65_HS1-834228961_62-HQ-83894_Section_4
Agency: FBI
Page 150
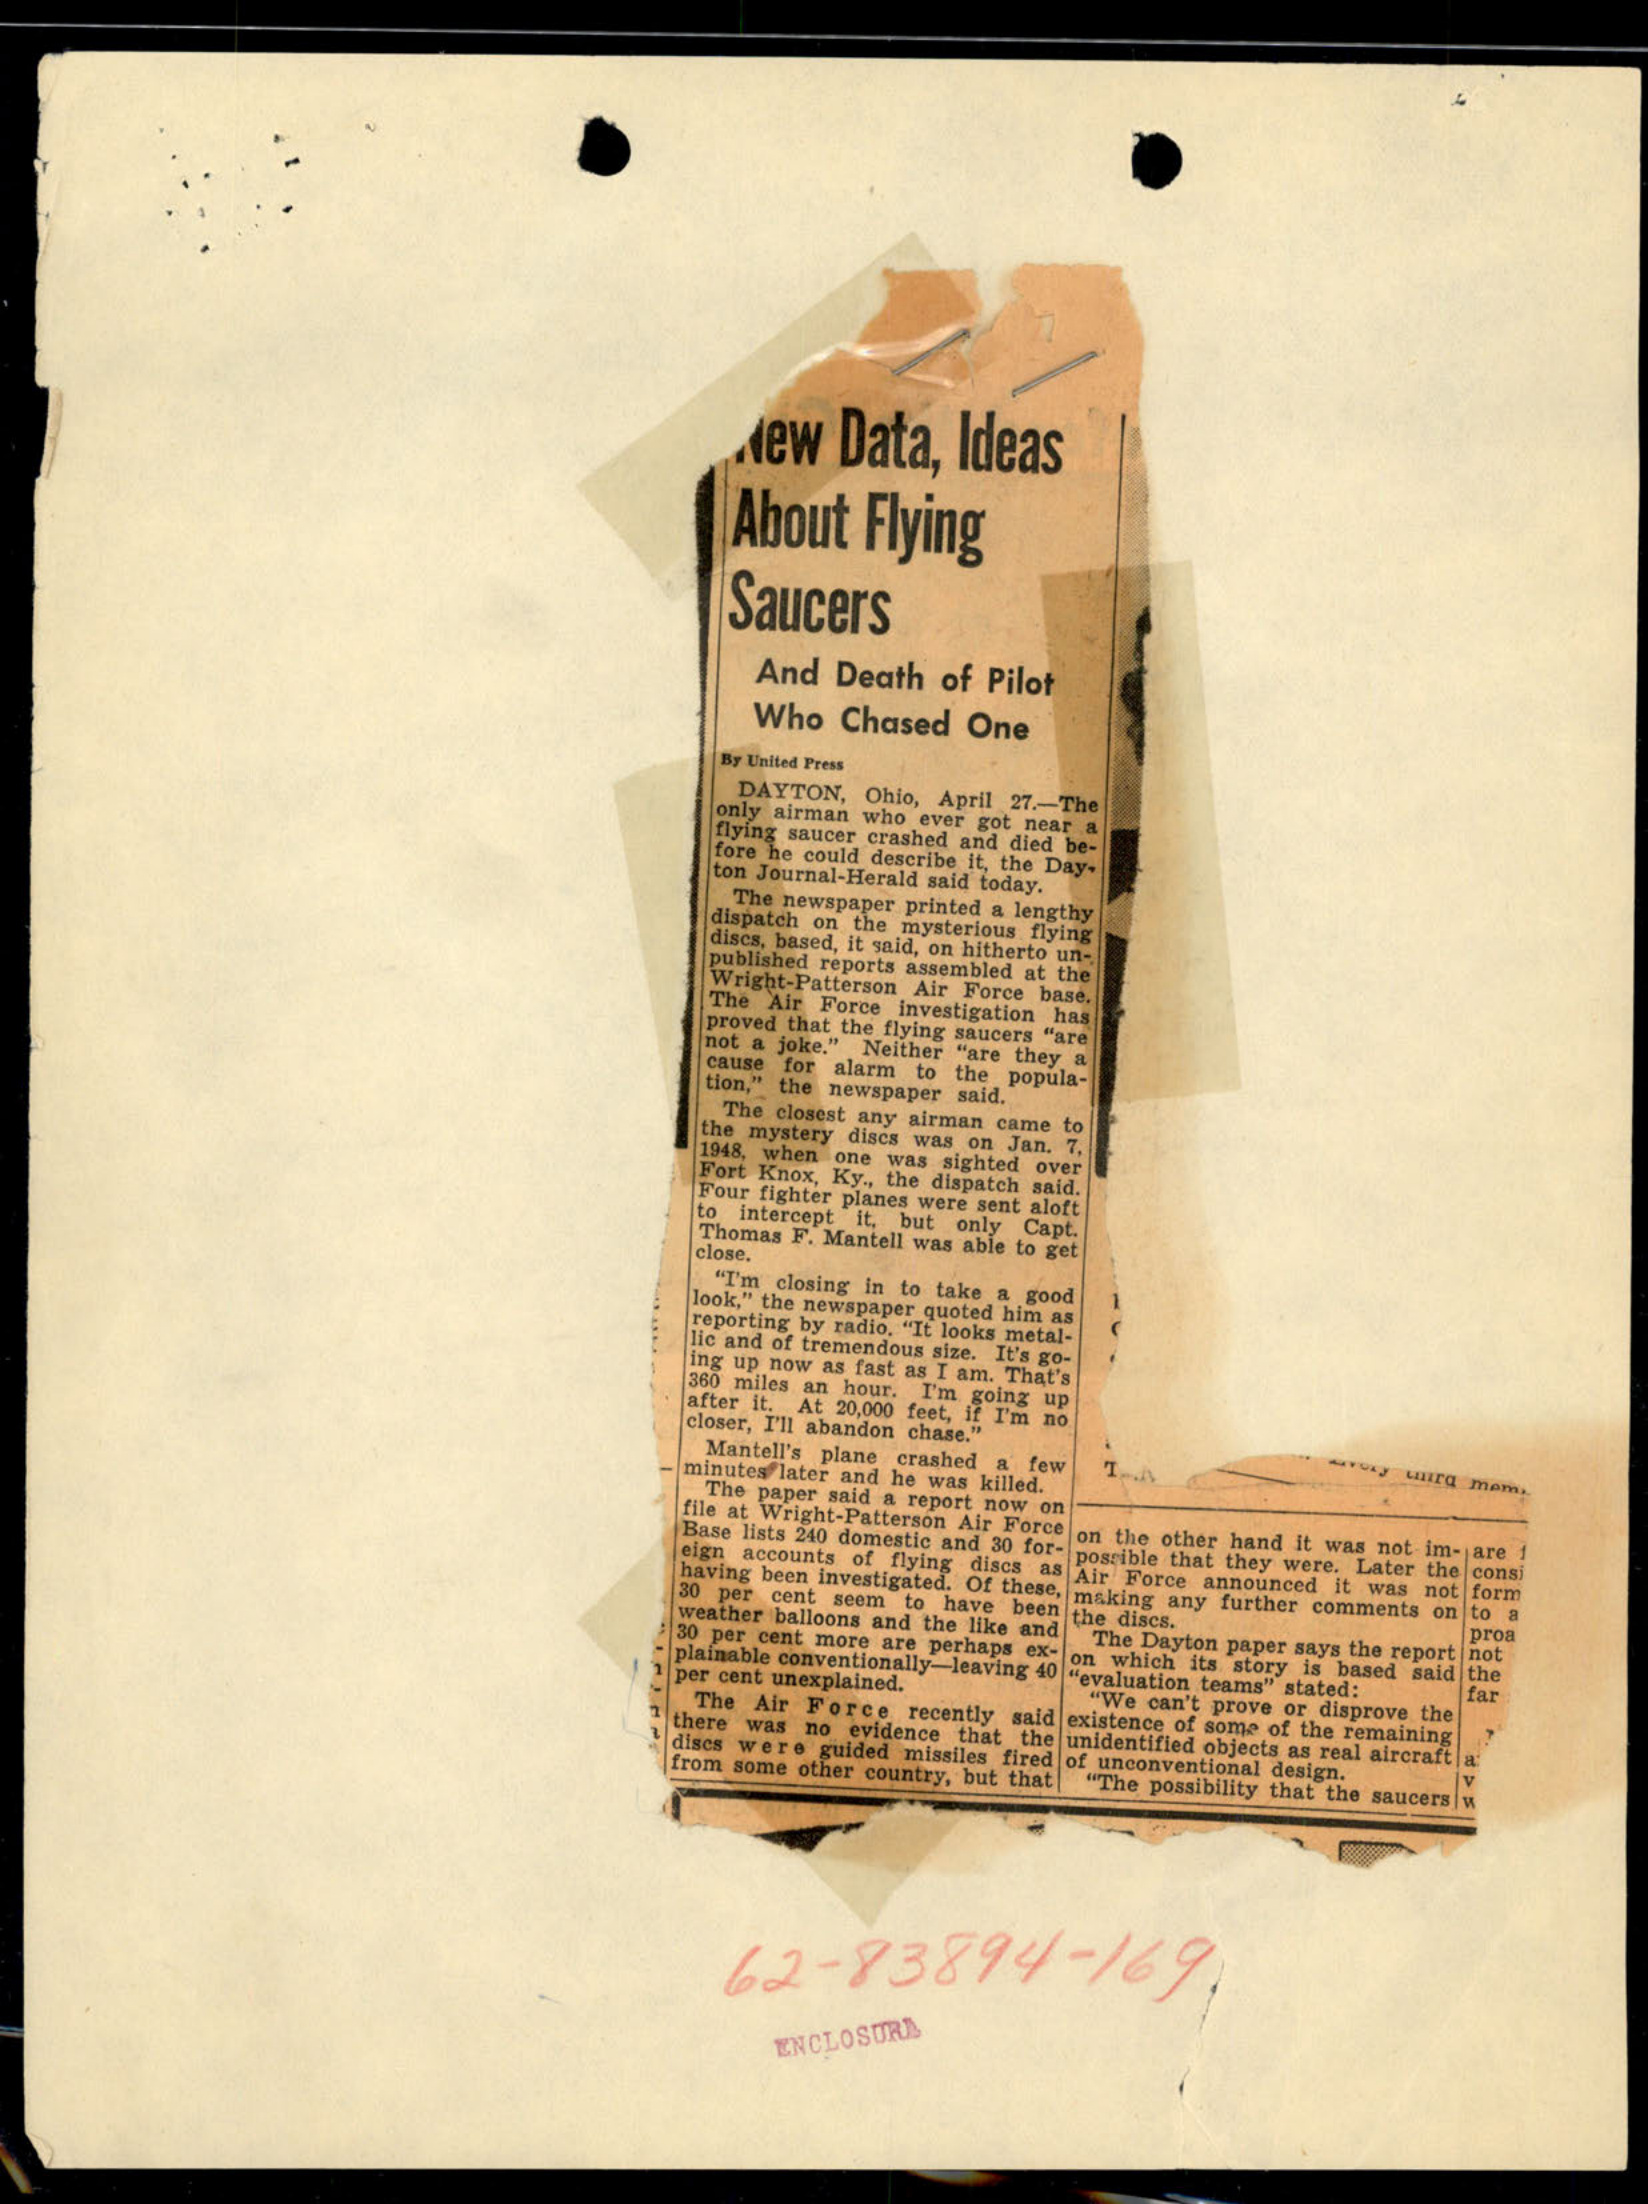